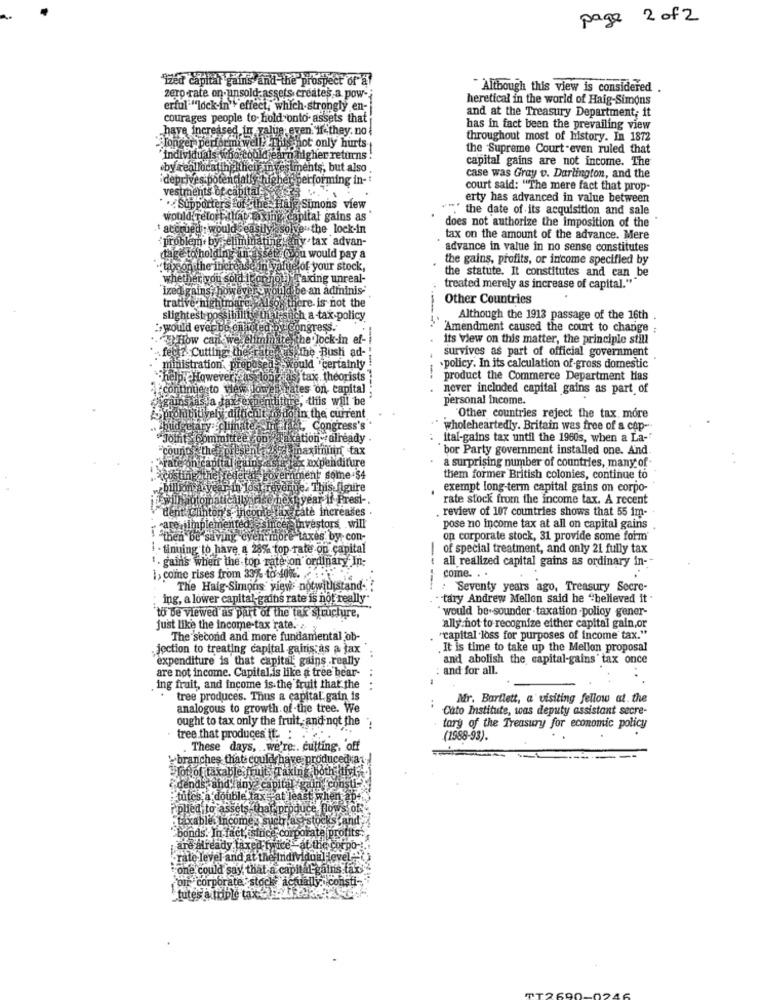
page 2 of 2
"ized capital gains and the prospect of af
Although this view is considered .
zero rate on unsold assets creates. a.pow-
heretical in the world of Haig-Simons
erful "lock-in " effect, which strongly en-
courages people to- hold onto- assets that
and at the Treasury Department; it
have increased in value even if they. no
has in fact been the prevailing view
throughout most of history. In 1872
Tonger performi well This not only hurts-
the Supreme Court -even ruled that
'Individuals who could earn higher returns .
capital gains are not income. The
by reallocatingithele investments, but also
deprives potentially higher performing in-
case was Gray v. Darlington, and the
vestments of capital Soils
court said: "The mere fact that prop-
erty has advanced in value between
... Supportersfor the. Haig Simons view
"""" the date of its acquisition and sale
would retort.that making. capital gains as
' accrued : would ceasuyk
Ive the lock-in
does not authorize the imposition of the
'problem , by eliminating any tax advan-
tax on the amount of the advance. Mere
advance in value in no sense constitutes
(tage to holding an asset a you would pay a
the gains, profits, or income specified by
"taxion the increase in yafue of your stock,
the statute. It constitutes and can be
whether you sold ikonno !! )
Taxing unreal-
be an adminis-
treated merely as increase of capital.""
ized gains , however wo
trative nightmare. Alsoy
Other Countries
re- is not the
slightest possihi
possibility un vest
ha-tax policy
Although the 1913 passage of the 16th
:would ever be enacted by Congress.
Amendment caused the court to change ;
How can we. eliminate the lock-in ef-
its view on this matter, the principle still
fect? Cutting the rate gia the Bush ad -!
survives as part of official government
ministration. proposed
ould 'certainly !
.policy. In its calculation of gross domestic
Ip. Howevery as long as, tax theorists
product the Commerce Department Has
ntinue to view Jowes rates on capital .
never included capital gains as part of
is a tax expenditure, this will be
personal Income.
Spromithtively difficult to do in the current
Other countries reject the tax more
budgetary climate In fact, Congress's
wholeheartedly. Britain was free of a cap --
"Joint Committee on Taxation- already
ital-gains tax until the 1960s, when a La-
"counts the presenta
iffossa maximnuin tax
bor Party government installed one. And
^rate on capital gains asta fax expenditure
a surprising number of countries, many of-
costing the federal government some $4
them former British colonies, continue to
webillion a year in lost revenge. This figure
exempt long-term capital gains on corpo-
Phasemes year if Prest -.
rate stock from the income tax. A recent
dent Clinton's incoule tage rate increases
. review of 107 countries shows that 55 im-
Farenimplemented
jeinvestors, will
pose no income tax at all on capital gains .
"then be saving even more taxes' by con-
on corporate stock, 31 provide some form
- tinuing to have a 28% top rate on capital
of special treatment, and only 21 fully tax
1. gains when the top rateson ordinary In-
all realized capital gains as ordinary in --
1, come rises from 33% to 10%.
come. . .
The Haig-Simons' view: notwithstand-
----
: Seventy years ago, Treasury Secre-
ing, a lower capital-gains rate is not really-
- tary Andrew Mellon said he "believed it
" would be-sounder .taxation -polioy gener-
to be viewed as part of the tax structure,
just like the income tax rate.
ally not to recognize either capital gain,or
The second and more fundamental ob-
"capital loss for purposes of income tax."
jection to treating capital gains as a tax'
It is time to take up the Mellon proposal
"expenditure is that capital gains really
and abolish the capital-gains tax once
are not income. Capital,is like a tree bear-
and for all.
ing fruit, and income is the fruit that the
tree produces. Thus a capital. gain is
Afr. Bartlett, a visiting fellow at. the
analogous to growth of -the tree. We
Cato Institute, was deputy assistant secre-
ought to tax only the fruit, and not the
tary of the Treasury for economic policy
tree that produces it. :
(1988-93).
. These days, .. we're :. cutting, off
"branches that could have producedra
lotof taxable fruit: Taking, both divi;
dends and' any capital gain consu
tutes a double tax pat least when ape
Fplied to assets that produce flows off
: taxable Income , such asrstocks and,
bonds. In fact, since corporate profits.
are already faxed twice
gt at the corpo -!
rate-level and at the individua Hevel --
one could say that a capital gains tax
corr corporate, stock actually consti-
tutes a triple tax